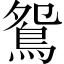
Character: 鴛